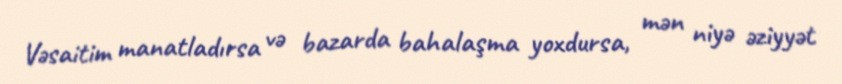
Vəsaitim manatladırsa və bazarda bahalaşma yoxdursa, mən niyə əziyyət